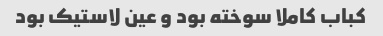
کباب کاملا سوخته بود و عین لاستیک بود